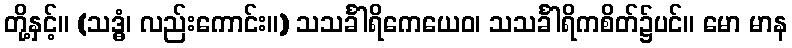
တို့နှင့်။ (သဒ္ဓံ၊ လည်းကောင်း။) သသင်္ခါရိကေယေဝ၊ သသင်္ခါရိကစိတ်၌ပင်။ မော မာန